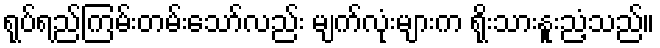
ရုပ်ရည်ကြမ်းတမ်းသော်လည်း မျက်လုံးများက ရိုးသားနူးညံ့သည်။